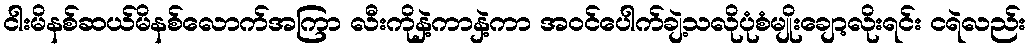
ငါးမိနစ်ဆယ်မိနစ်လောက်အကြာ လီးကိုနှဲ့ကာနှဲ့ကာ အဝင်ပေါက်ချဲ့သလိုပုံစံမျိုးချော့လိုးရင်း ငရဲလည်း